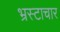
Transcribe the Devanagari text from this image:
भ्रस्टाचार